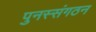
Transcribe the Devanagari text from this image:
पुनस्संगठन